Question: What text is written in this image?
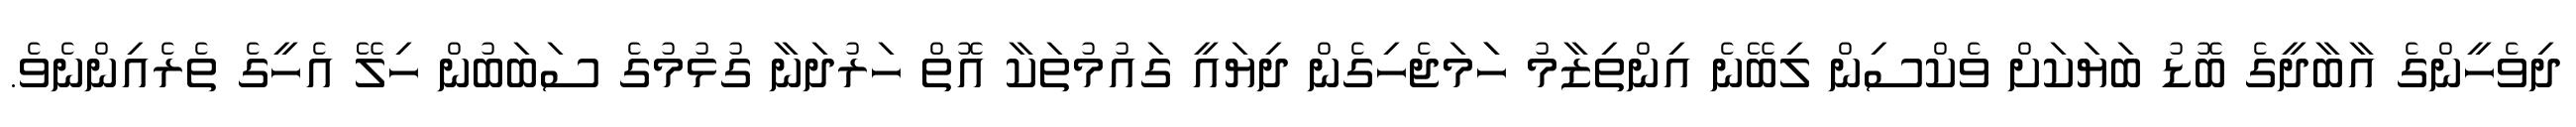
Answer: ދިވެހީންގެ އާބާދީގެ ބޮޑު ބަޔަކަށް ވެކްސިން ލިބޭނެ އިންތިޒާމު ހަަމަޖެހިގެން ދިޔައީ ގައުމުތަކާ އޮތް ހަރުދަނާ ގުޅުމުގެ ސަބަބުން ހިލޭ އެހީގެ ތެރެއިންނެވެ.